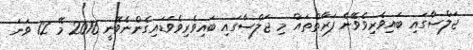
ޖަލްސާގައި ބައިވެރިވެވޭނެ ފަރާތްތައް މި ޖަލްސާގައި ބައިވެރިވެވަޑައިގެންނެވޭނީ 2016 މޭ 12 ވަނަ